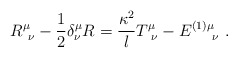
\begin{align*}R^\mu_{\ \nu} -{1\over 2} \delta^\mu_\nu R ={\kappa^2 \over l} T^\mu_{\ \nu} - E^{(1)\mu}_{\quad\ \nu} \ .\end{align*}